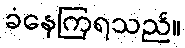
ခံနေကြရသည်။